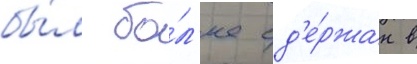
бы́л бо́л'ее сд'е́ржан в